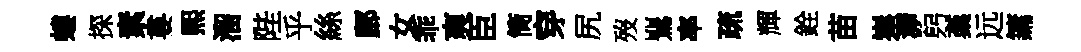
螻探素婁煕溜陛乎絲鄜女乖爽臣筒穿尻歿鸎率疏輝銓苗嵳㴑躬稾远鏞